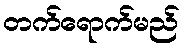
တက်ရောက်မည်